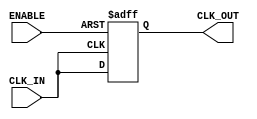
module ClockBuffer (
    input wire CLK_IN,       // Clock input
    output reg CLK_OUT,      // Clock output
    input wire ENABLE        // Enable signal for power management
);

// Parameters for propagation delay
parameter PROP_DELAY = 2;  // Propagation delay in time units (e.g., ns)

// Internal signal to store buffered clock
reg buffered_clk;

// Always block to handle clock buffering
always @(posedge CLK_IN or negedge ENABLE) begin
    if (!ENABLE) begin
        // When not enabled, output is held low
        CLK_OUT <= 1'b0;
    end else begin
        // Buffer the clock signal with a minimal delay
        #PROP_DELAY buffered_clk = CLK_IN;
        CLK_OUT <= buffered_clk;
    end
end

endmodule